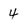
Character: 4